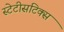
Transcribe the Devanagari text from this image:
स्टेटीसटिक्स